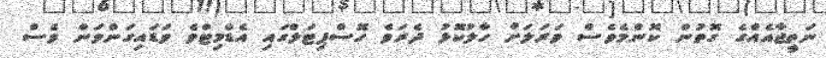
ނަތީޖާއެއްގެ ގޮތުން ކޮންމެވެސް ވަރަލަށް ހާލުކޮޅު ދެރަވެ ހޮސްޕިޓަލްގައި އެޑްމިޓްވެ ވަޑައިގަންވަން ވެސް